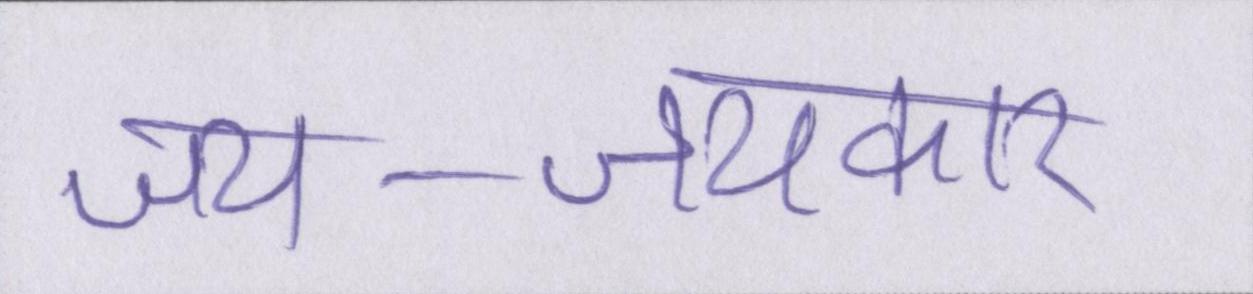
जय-जयकार